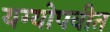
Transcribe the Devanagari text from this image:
यग्योपवीत